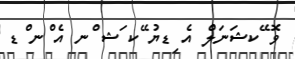
ވޮ ޭކޝަނަލް އެ ިޑޔު ޭކ ަޝ ްނ އެ ްނ ްޑ